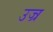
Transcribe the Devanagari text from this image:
उज्र